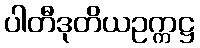
ပါတီဒုတိယဥက္ကဋ္ဌ